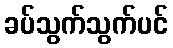
ခပ်သွက်သွက်ပင်